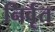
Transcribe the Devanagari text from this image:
निर्वृत